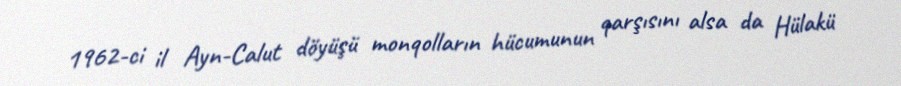
1962-ci il Ayn-Calut döyüşü monqolların hücumunun qarşısını alsa da Hülakü